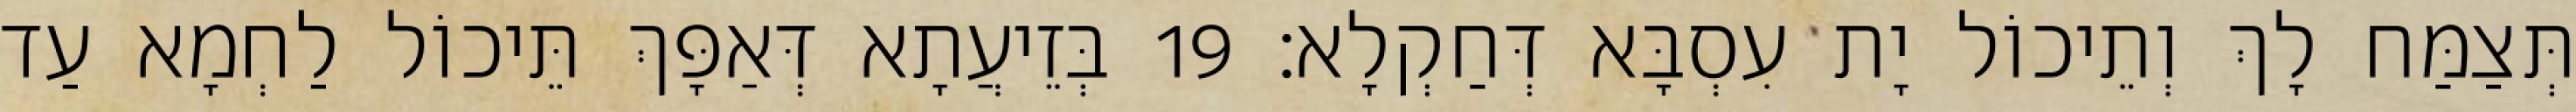
תְּצַמַּח לָךְ וְתֵיכוֹל יָת עִסְבָּא דְּחַקְלָא׃ 19 בְּזֵיעֲתָא דְּאַפָּךְ תֵּיכוֹל לַחְמָא עַד